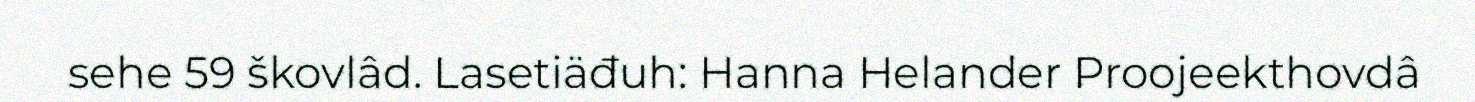
sehe 59 škovlâd. Lasetiäđuh: Hanna Helander Proojeekthovdâ